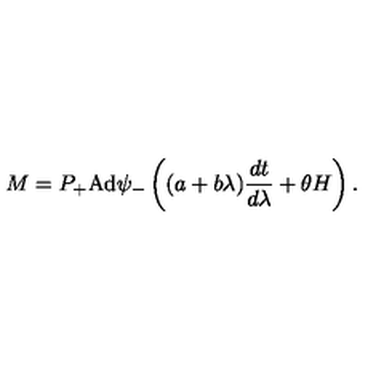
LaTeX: M = P _ { + } \mathrm { A d } \psi _ { - } \left( ( a + b \lambda ) \frac { d t } { d \lambda } + \theta H \right) .